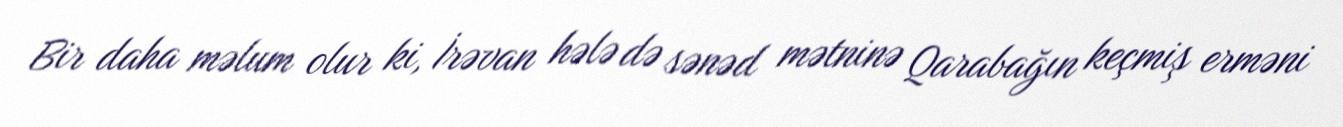
Bir daha məlum olur ki, İrəvan hələ də sənəd mətninə Qarabağın keçmiş erməni